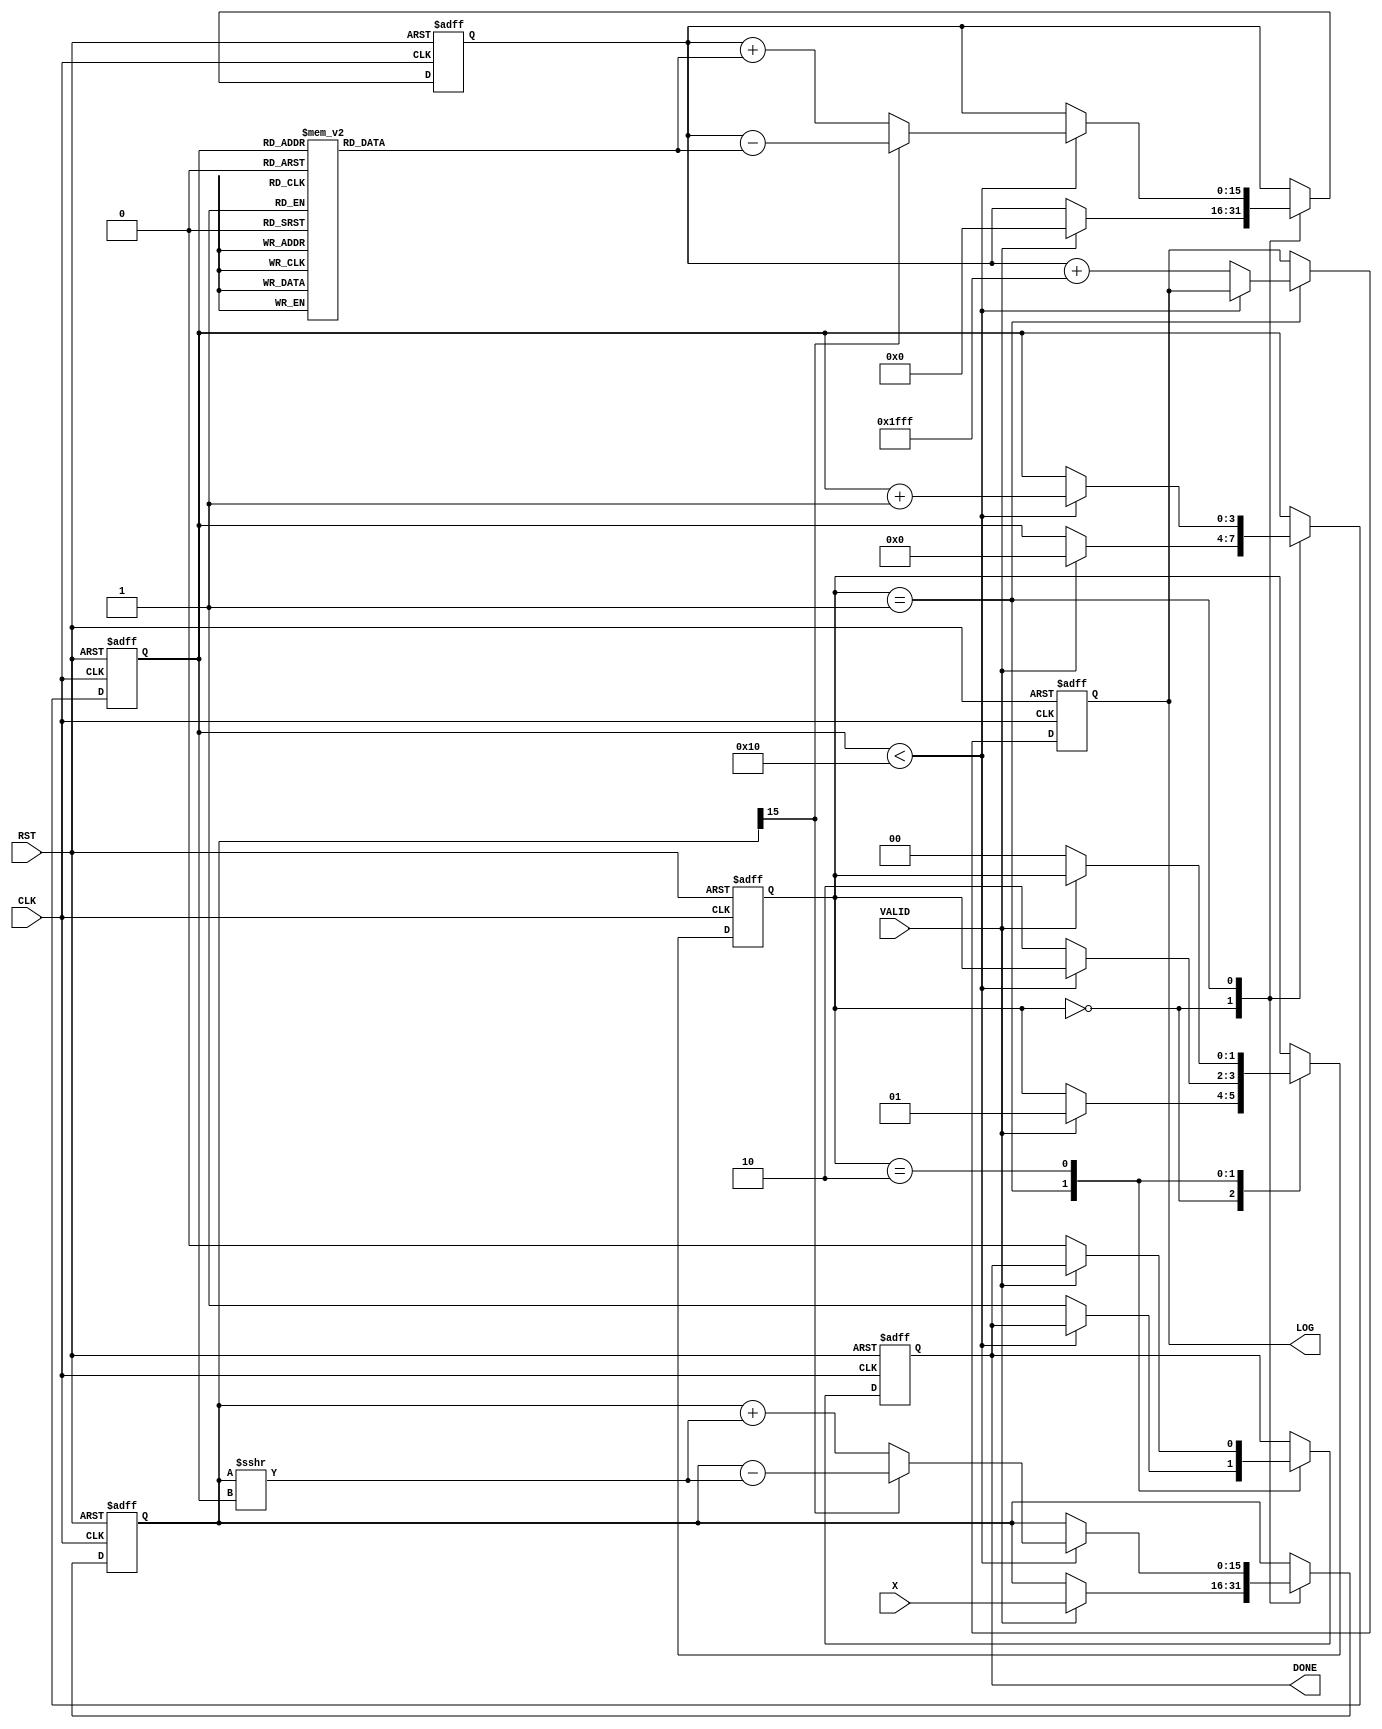
module cordic_logarithm (
    input wire [15:0] X,      // Input value for logarithm calculation
    input wire CLK,           // Clock signal
    input wire RST,           // Reset signal
    input wire VALID,         // Valid signal for input data
    output reg [15:0] LOG,    // Calculated logarithmic value
    output reg DONE           // Completion signal
);

    // Parameters
    localparam NUM_ITERATIONS = 16; // Number of iterations for precision
    localparam FIXED_POINT_SCALE = 16'h1FFF; // Scaling factor for fixed-point representation

    // Registers
    reg [15:0] X_reg;           // Register to hold input value
    reg [15:0] Z_reg;           // Register to hold angle (phase)
    reg [3:0] iteration_count;  // Iteration counter
    reg [1:0] state;            // State machine
    reg [15:0] angle_table [0:NUM_ITERATIONS-1]; // Lookup table for arctangent values

    // State machine states
    localparam IDLE = 2'b00;
    localparam CALCULATE = 2'b01;
    localparam DONE_STATE = 2'b10;

    // Initialize angle lookup table (arctangent values in fixed-point representation)
    initial begin
        angle_table[0] = 16'h1C71; // atan(2^-0) in fixed-point
        angle_table[1] = 16'h1A62; // atan(2^-1)
        angle_table[2] = 16'h17D1; // atan(2^-2)
        angle_table[3] = 16'h1555; // atan(2^-3)
        angle_table[4] = 16'h12E4; // atan(2^-4)
        angle_table[5] = 16'h0FFC; // atan(2^-5)
        angle_table[6] = 16'h0D4D; // atan(2^-6)
        angle_table[7] = 16'h0A3D; // atan(2^-7)
        angle_table[8] = 16'h0758; // atan(2^-8)
        angle_table[9] = 16'h03D1; // atan(2^-9)
        angle_table[10] = 16'h01F0; // atan(2^-10)
        angle_table[11] = 16'h00FA; // atan(2^-11)
        angle_table[12] = 16'h007D; // atan(2^-12)
        angle_table[13] = 16'h003E; // atan(2^-13)
        angle_table[14] = 16'h001F; // atan(2^-14)
        angle_table[15] = 16'h000F; // atan(2^-15)
    end

    // Sequential logic for state machine and iteration process
    always @(posedge CLK or posedge RST) begin
        if (RST) begin
            LOG <= 16'b0;
            DONE <= 1'b0;
            X_reg <= 16'b0;
            Z_reg <= 16'b0;
            iteration_count <= 4'b0;
            state <= IDLE;
        end else begin
            case (state)
                IDLE: begin
                    if (VALID) begin
                        X_reg <= X; // Load input value
                        Z_reg <= 16'b0; // Initialize phase
                        iteration_count <= 4'b0; // Reset counter
                        state <= CALCULATE; // Move to calculation state
                    end
                end

                CALCULATE: begin
                    if (iteration_count < NUM_ITERATIONS) begin
                        // CORDIC rotation logic
                        if (X_reg[15] == 1'b0) begin // If X is positive
                            X_reg <= X_reg + (X_reg >>> iteration_count);
                            Z_reg <= Z_reg + angle_table[iteration_count];
                        end else begin // If X is negative
                            X_reg <= X_reg - (X_reg >>> iteration_count);
                            Z_reg <= Z_reg - angle_table[iteration_count];
                        end
                        iteration_count <= iteration_count + 1; // Increment iteration counter
                    end else begin
                        LOG <= Z_reg + FIXED_POINT_SCALE; // Final logarithm calculation
                        DONE <= 1'b1; // Set done signal
                        state <= DONE_STATE; // Move to done state
                    end
                end

                DONE_STATE: begin
                    if (!VALID) begin
                        DONE <= 1'b0; // Reset done signal when VALID is low
                        state <= IDLE; // Return to idle state
                    end
                end
            endcase
        end
    end

endmodule